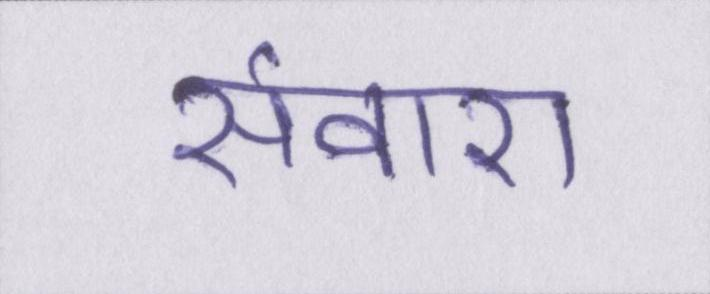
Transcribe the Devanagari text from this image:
संवारा